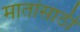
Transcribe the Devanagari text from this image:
मातांसाठी